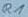
Text: R1